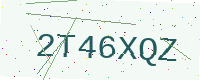
Text: 2T46XQZ